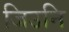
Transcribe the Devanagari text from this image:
जिउनि